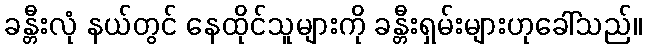
ခန္တီးလုံ နယ်တွင် နေထိုင်သူများကို ခန္တီးရှမ်းများဟုခေါ်သည်။